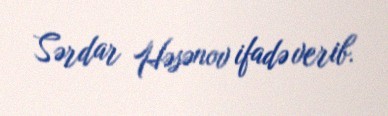
Sərdar Həsənov ifadə verib.